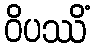
ဝိပဿိံ